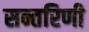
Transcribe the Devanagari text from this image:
सन्तरिणी